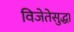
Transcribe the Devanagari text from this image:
विजेतेसुद्धा